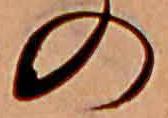
の